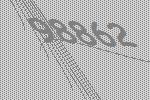
98862